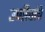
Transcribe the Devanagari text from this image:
उणीवांचे